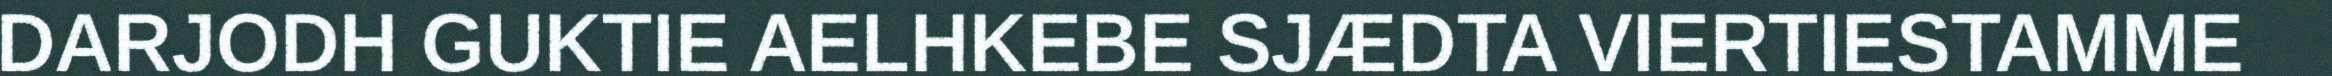
DARJODH GUKTIE AELHKEBE SJÆDTA VIERTIESTAMME